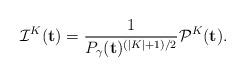
LaTeX: \begin{align*} \mathcal{I}^K(\mathbf{t}) = \frac{1}{P_\gamma(\mathbf{t})^{(|K| + 1)/2}} \mathcal{P}^K(\mathbf{t}). \end{align*}